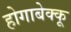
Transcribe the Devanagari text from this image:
होगाबेक्कू